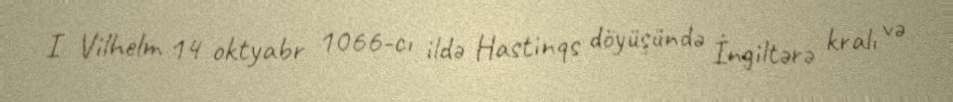
I Vilhelm 14 oktyabr 1066-cı ildə Hastinqs döyüşündə İngiltərə kralı və